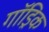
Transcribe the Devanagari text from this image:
गॉड्रिक